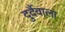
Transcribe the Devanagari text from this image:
दुर्दैवाला